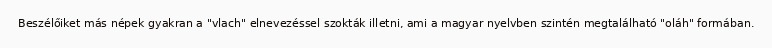
Beszélőiket más népek gyakran a "vlach" elnevezéssel szokták illetni, ami a magyar nyelvben szintén megtalálható "oláh" formában.